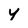
Character: y